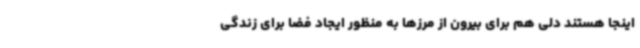
اینجا هستند دلی هم برای بیرون از مرزها به منظور ایجاد فضا برای زندگی